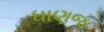
ધાણજ